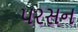
પરસન